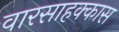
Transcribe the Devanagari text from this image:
वारसाहक्कास